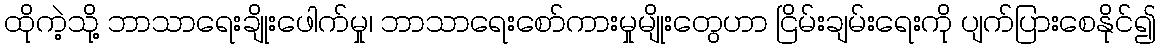
ထိုကဲ့သို့ ဘာသာရေးချိုးဖေါက်မှု၊ ဘာသာရေးစော်ကားမှုမျိုးတွေဟာ ငြိမ်းချမ်းရေးကို ပျက်ပြားစေနိုင်၍